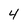
Character: 4